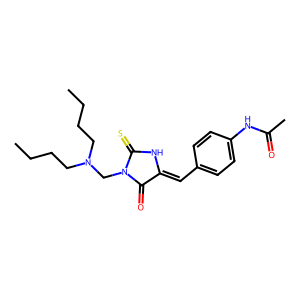
SMILES: CCCCN(CCCC)CN1C(=O)C(=Cc2ccc(NC(C)=O)cc2)NC1=S
Inhibits HIV replication: No